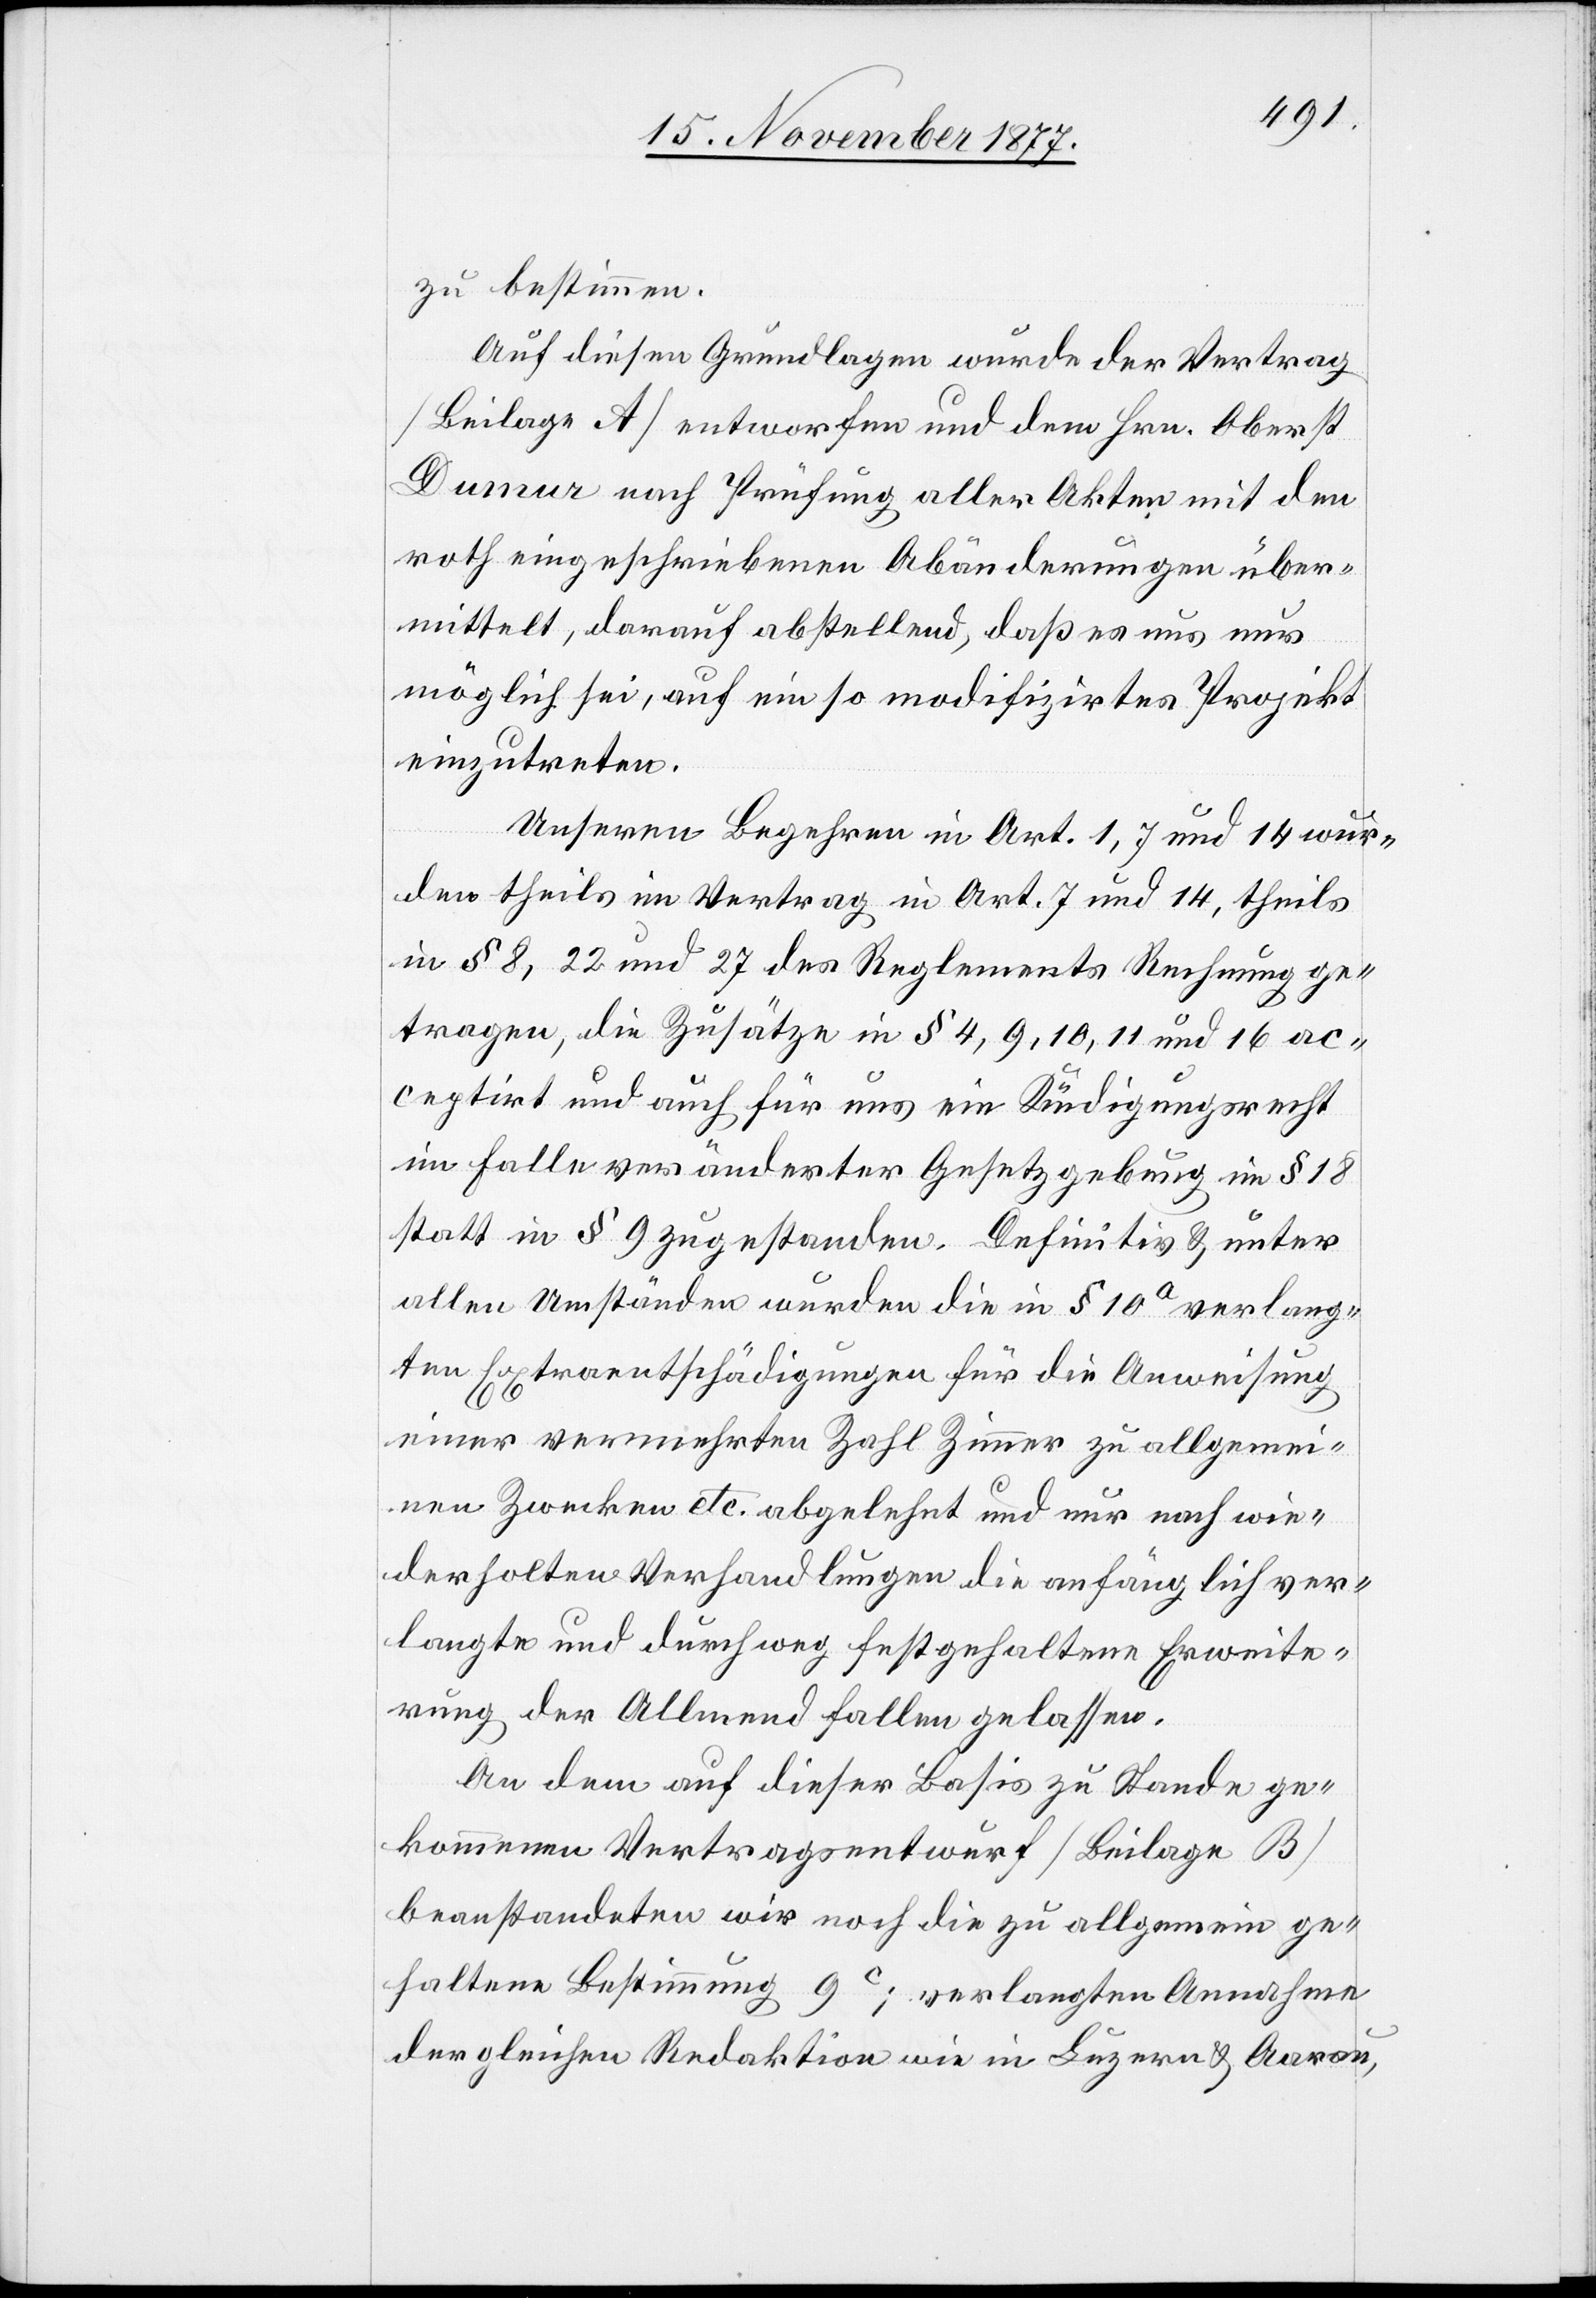
zu bestimmen.
Auf diesen Grundlagen wurde der Vertrag
[Beilage A] entworfen und dem Hrn. Oberst
Dumur nach Prüfung aller Akten mit den
roth eingeschriebenen Abänderungen über¬
mittelt, darauf abstellend, daß es uns nur
möglich sei, auf ein so modifizirtes Projekt
einzutreten.
Unseren Begehren in Art. 1, 7 und 14 wur¬
den theils im Vertrag in Art. 7 und 14, theils
in § 8, 22 und 27 des Reglements Rechnung ge¬
tragen, die Zusätze in § 4, 9, 10, 11 und 16 ac¬
ceptirt und auch für uns ein Kündigungsrecht
im Falle veränderter Gesetzgebung im § 18
statt in § 9 zugestanden. Definitiv & unter
allen Umständen wurden die in § 10a verlang¬
ten Extraentschädigungen für die Anweisung
einer vermehrten Zahl Zimmer zu allgemei¬
nen Zwecken etc. abgelehnt und nur nach wie¬
derholten Verhandlungen die anfänglich ver¬
langte und durchweg festgehaltene Erweite¬
rung der Allmend fallen gelassen.
An dem auf dieser Basis zu Stande ge¬
kommenen Vertragsentwurf [Beilage B]
beanstandeten wir noch die zu allgemein ge¬
haltene Bestimmung 9c; verlangten Annahme
der gleichen Redaktion wie in Luzern & Aarau,